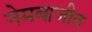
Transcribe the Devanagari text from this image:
नेमबाजीत